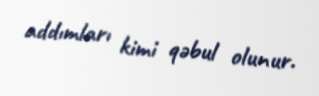
addımları kimi qəbul olunur.